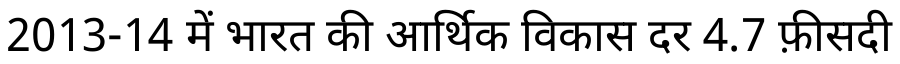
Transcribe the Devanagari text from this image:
2013-14 में भारत की आर्थिक विकास दर 4.7 फ़ीसदी